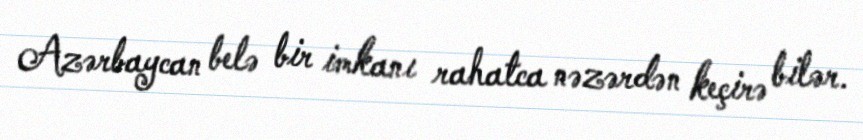
Azərbaycan belə bir imkanı rahatca nəzərdən keçirə bilər.